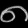
Digit: ၈